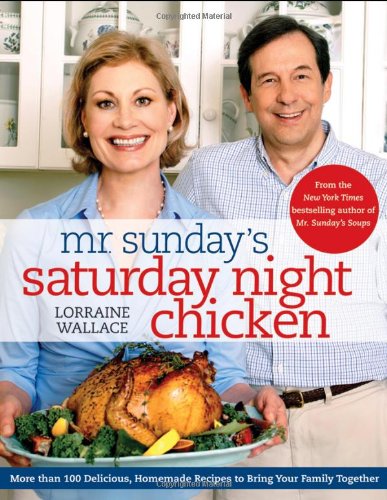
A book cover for Mr. Sunday's Saturday Night Chicken; Lorraine Wallace; Cookbooks, Food & Wine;